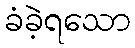
ခံခဲ့ရသော